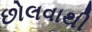
છોલવાથી